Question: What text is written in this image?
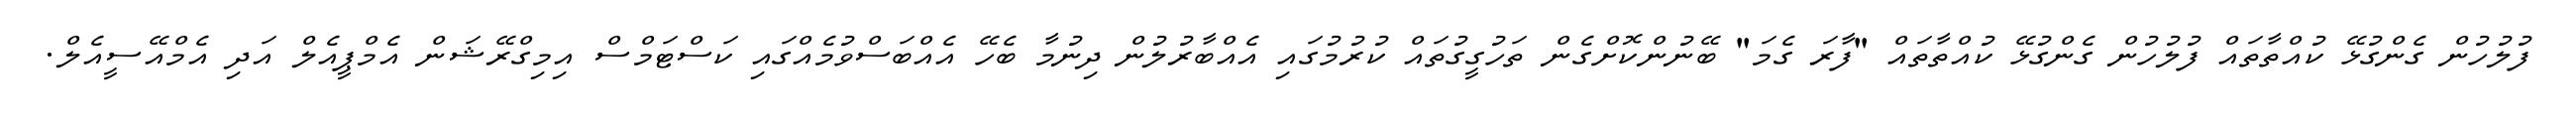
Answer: ފުލުހުން ގެންގުޅޭ ކުއްތާތައް ފުލުހުން ގެންގުޅޭ ކުއްތާތައް "ފާރަ ގެމަ" ބޭނުންކޮށްގެން ތަހުގީގުތައް ކުރުމުގައި އެއްބާރުލުން ދިނުމާ ބެހޭ އެއްބަސްވުމެއްގައި ކަސްޓަމްސް އިމިގްރޭޝަން އެމްޕީއެލް އަދި އެމްއޭސީއެލް.